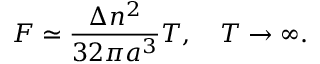
{ \cal F } \simeq \frac { \Delta n ^ { 2 } } { 3 2 \pi a ^ { 3 } } T , \quad T \to \infty { . }